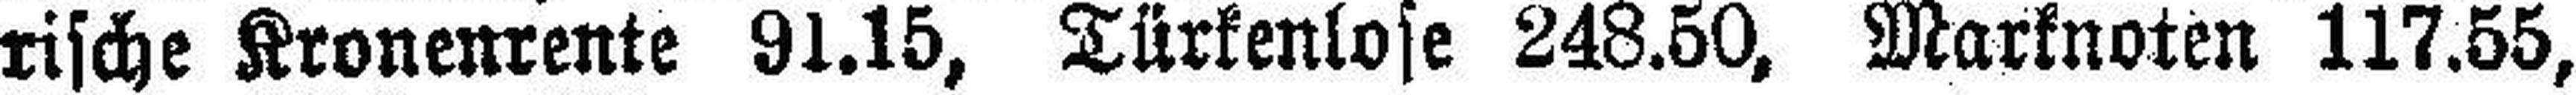
rische Kronenrente 91.15, Türkenlose 248.50, Marknoten 117.55,